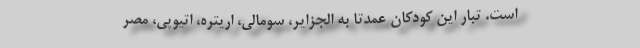
است. تبار این کودکان عمدتا به الجزایر، سومالی، اریتره، اتیوپی، مصر